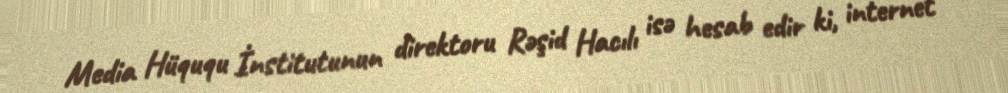
Media Hüququ İnstitutunun direktoru Rəşid Hacılı isə hesab edir ki, internet